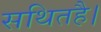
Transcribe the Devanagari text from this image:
सथितहै।